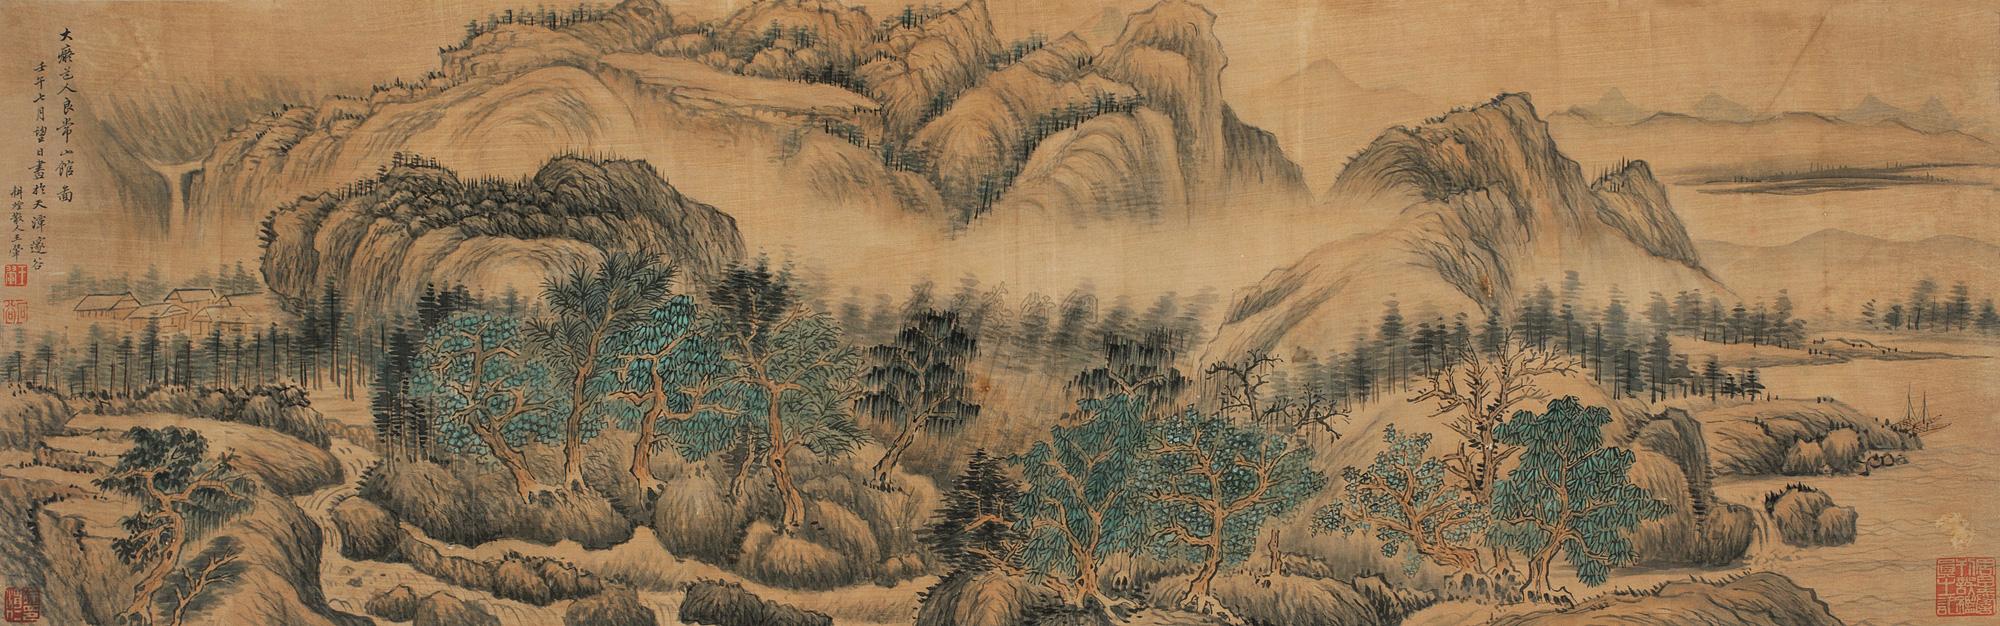
常山临代郡，亭障绕黄河。